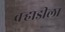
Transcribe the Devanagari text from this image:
वर्‍हाडीला